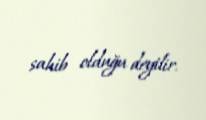
sahib olduğu deyilir.